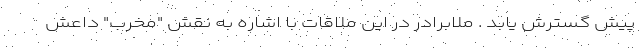
پیش گسترش یابد . ملابرادر در این ملاقات‌ با اشاره به نقش "مخرب" داعش